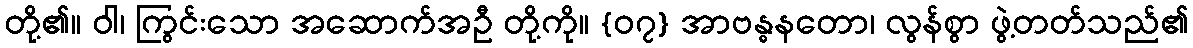
တို့၏။ ဝါ၊ ကြွင်းသော အဆောက်အဦ တို့ကို။ {၀၇} အာဗန္ဓနတော၊ လွန်စွာ ဖွဲ့တတ်သည်၏